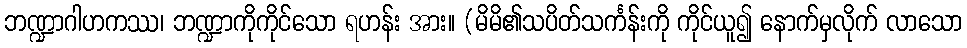
ဘဏ္ဍာဂါဟကဿ၊ ဘဏ္ဍာကိုကိုင်သော ရဟန်း အား။ (မိမိ၏သပိတ်သင်္ကန်းကို ကိုင်ယူ၍ နောက်မှလိုက် လာသော